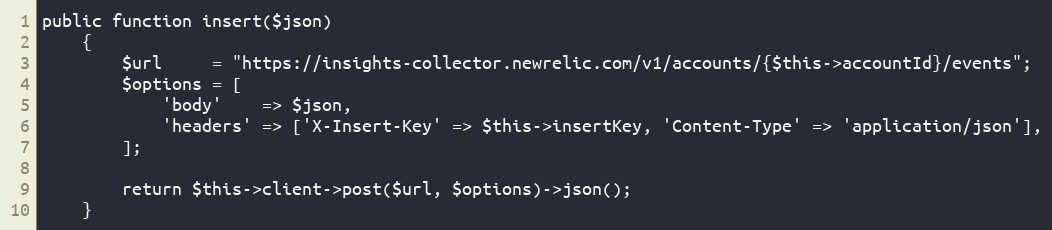
Language: PHP
public function insert($json)
    {
        $url     = "https://insights-collector.newrelic.com/v1/accounts/{$this->accountId}/events";
        $options = [
            'body'    => $json,
            'headers' => ['X-Insert-Key' => $this->insertKey, 'Content-Type' => 'application/json'],
        ];

        return $this->client->post($url, $options)->json();
    }